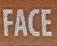
FACE